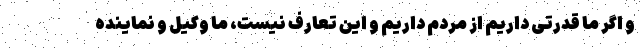
و اگر ما قدرتی داریم از مردم داریم و این تعارف نیست، ما وکیل و نماینده